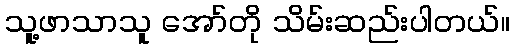
သူ့ဖာသာသူ အော်တို သိမ်းဆည်းပါတယ်။